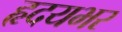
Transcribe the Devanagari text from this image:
हृदयभर